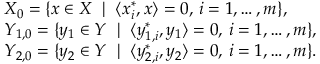
\begin{array} { r } { \begin{array} { l l } & { X _ { 0 } = \{ x \in X \, \mid \, \langle x _ { i } ^ { * } , x \rangle = 0 , \, i = 1 , \ldots , m \} , } \\ & { Y _ { 1 , 0 } = \{ y _ { 1 } \in Y \, \mid \, \langle y _ { 1 , i } ^ { * } , y _ { 1 } \rangle = 0 , \, i = 1 , \ldots , m \} , } \\ & { Y _ { 2 , 0 } = \{ y _ { 2 } \in Y \, \mid \, \langle y _ { 2 , i } ^ { * } , y _ { 2 } \rangle = 0 , \, i = 1 , \ldots , m \} . } \end{array} } \end{array}